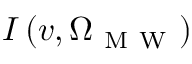
I \left( v , \Omega _ { \mathrm { ~ M ~ W ~ } } \right)